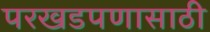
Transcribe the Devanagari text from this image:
परखडपणासाठी